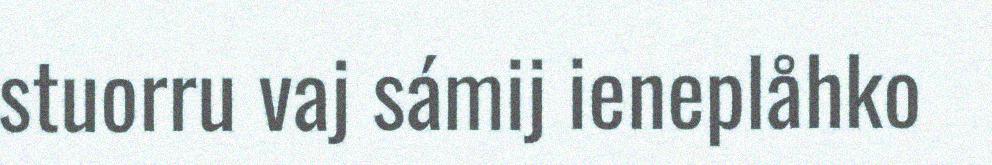
stuorru vaj sámij ieneplåhko